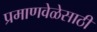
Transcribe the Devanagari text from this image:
प्रमाणवेळेसाठी